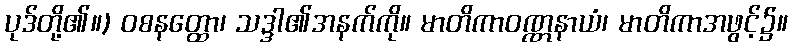
ပုဒ်တို့၏။) ဝစနတ္ထော၊ သဒ္ဒါ၏အနက်ကို။ မာတိကာဝဏ္ဏနာယံ၊ မာတိကာအဖွင့်၌။